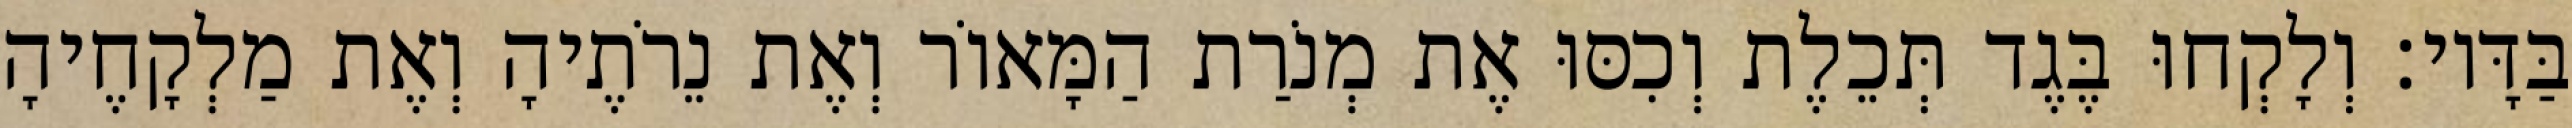
בַּדָּיו׃ וְלָקְחוּ בֶּגֶד תְּכֵלֶת וְכִסּוּ אֶת מְנֹרַת הַמָּאוֹר וְאֶת נֵרֹתֶיהָ וְאֶת מַלְקָחֶיהָ